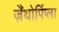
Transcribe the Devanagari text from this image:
ज़ैंथोपिंप्ला